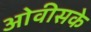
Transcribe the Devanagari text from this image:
ओवीसके